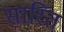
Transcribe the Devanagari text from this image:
सारित